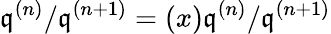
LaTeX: {\mathfrak{q}}^{(n)}/{\mathfrak{q}}^{(n+1)}=(x){\mathfrak{q}}^{(n)}/{\mathfrak{q}}^{(n+1)}